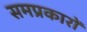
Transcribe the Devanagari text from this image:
समप्रकारों